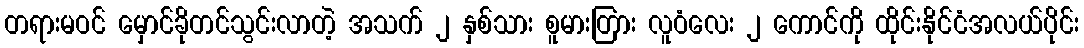
တရားမဝင် မှောင်ခိုတင်သွင်းလာတဲ့ အသက် ၂ နှစ်သား စူမားတြား လူဝံလေး ၂ ကောင်ကို ထိုင်းနိုင်ငံအလယ်ပိုင်း